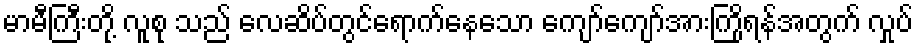
မာမီကြီးတို့ လူစု သည် လေဆိပ်တွင်ရောက်နေသော ကျော်ကျော်အားကြိုရန်အတွက် လှုပ်